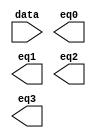
module lpm_decode0 (
	data,
	eq0,
	eq1,
	eq2,
	eq3);

	input	[1:0]  data;
	output	  eq0;
	output	  eq1;
	output	  eq2;
	output	  eq3;

endmodule